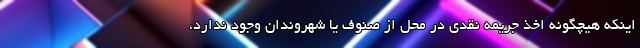
اینکه هیچگونه اخذ جریمه نقدی در محل از صنوف یا شهروندان وجود ندارد،